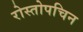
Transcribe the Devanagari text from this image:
रोस्तोपचिन